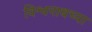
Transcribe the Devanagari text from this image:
विश्वनाथच्या